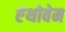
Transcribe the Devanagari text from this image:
एंथोवेम